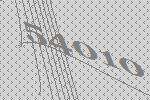
54010